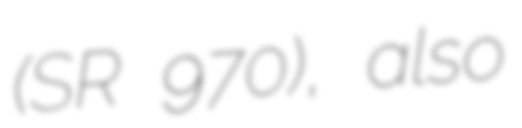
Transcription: (SR 970), also